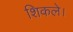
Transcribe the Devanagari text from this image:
शिकले।